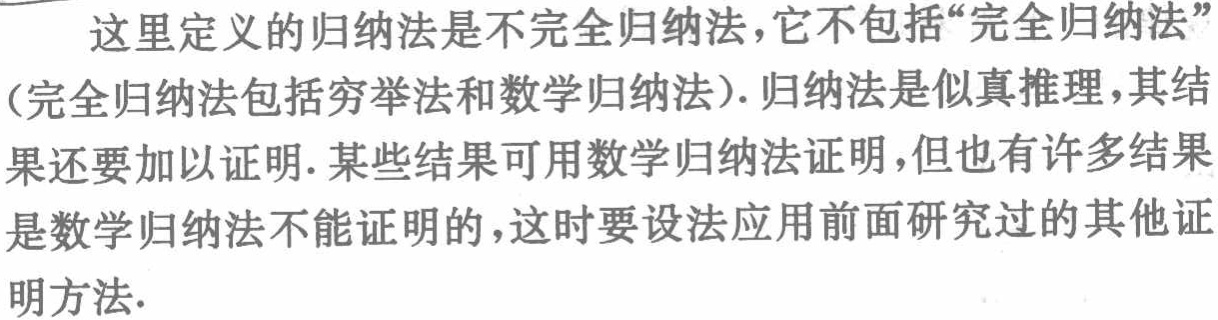
这里定义的归纳法是不完全归纳法，它不包括“完全归纳法”（完全归纳法包括穷举法和数学归纳法）. 归纳法是似真推理，其结果还要加以证明. 某些结果可用数学归纳法证明，但也有许多结果是数学归纳法不能证明的，这时要设法应用前面研究过的其他证明方法.